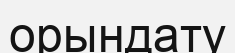
орындату